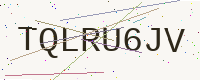
Text: TQLRU6JV